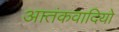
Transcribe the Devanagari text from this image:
आतंकवादियो